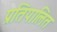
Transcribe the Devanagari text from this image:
प्रतिपालित